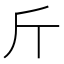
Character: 斤